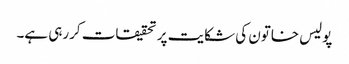
پولیس خاتون کی شکایت پر تحقیقات کررہی ہے۔